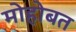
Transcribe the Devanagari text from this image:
मोहोबत